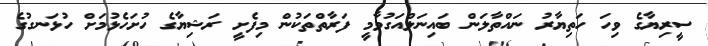
ސީރިޔާގެ ވިހަ ހަތިޔާރު ނައްތާލަން ބައިނަލްއަގުވާމީ ފަރާތްތަކުން މިފެށީ ރަޝިޔާގެ ހުށަހެޅުމަށް ހުޅަނގުގެ